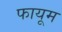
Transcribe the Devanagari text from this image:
फायूम